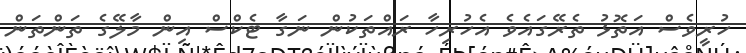
ހުރީވެސް އަތޮޅު ތެރޭގައެވެ އެހުރިހާ ރައްތަކުން ނަގާ ޓެކްސް އިން މާލޭގެ ތަންތަން